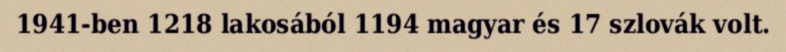
1941-ben 1218 lakosából 1194 magyar és 17 szlovák volt.